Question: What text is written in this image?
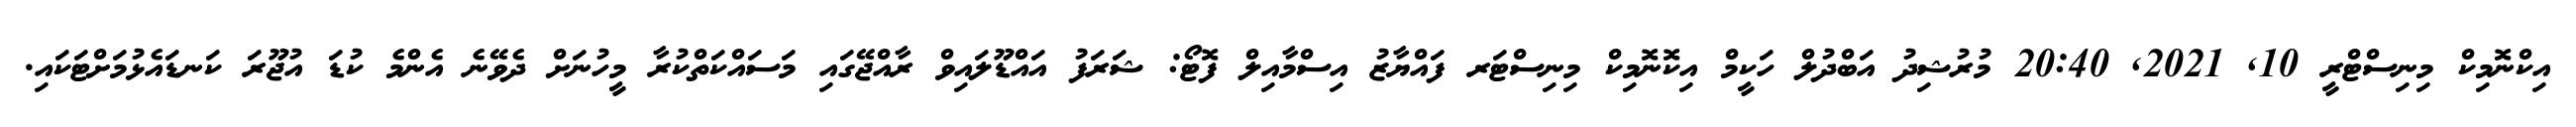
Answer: އިކްނޮމިކް މިނިސްޓްރީ 10, 2021, 20:40 މުރުޝިދު އަބްދުލް ހަކީމް އިކޮނޮމިކް މިނިސްޓަރ ފައްޔާޒު އިސްމާއިލް ފޮޓޯ: ޝަރަފު އައްޑޫލައިވް ރާއްޖޭގައި މަސައްކަތްކުރާ މީހުނަށް ދެވޭނެ އެންމެ ކުޑަ އުޖޫރަ ކަނޑައެޅުމަށްޓަކައި.